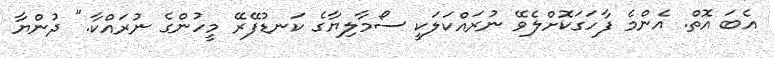
އެބަ އޮތް. އެންމެ ފާހަގަކޮށްލެވޭ ނުރައްކަލަކީ ސޯމާލިޔާގެ ކަނޑުފޭރޭ މީހުންގެ ނުރައްކާ." ދުންޔާ